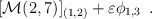
\begin{align*}[{\cal M}(2,7)]_{(1,2)} + \varepsilon \phi_{1,3}\,\,\,.\end{align*}